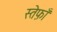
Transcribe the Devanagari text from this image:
स्तेफ़ाँ